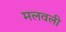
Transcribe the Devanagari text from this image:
मलवली